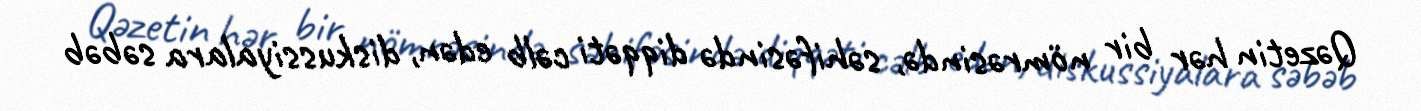
Qəzetin hər bir nömrəsində, səhifəsində diqqəti cəlb edən, diskussiyalara səbəb